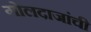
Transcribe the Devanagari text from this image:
गोलदाजांची